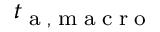
{ t } _ { \tiny { \mathrm { ~ a ~ , ~ m ~ a ~ c ~ r ~ o ~ } } }